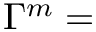
\nonumber \Gamma ^ { m } =